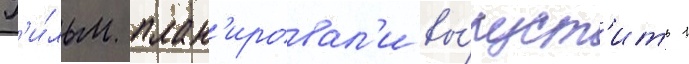
Ф'и́льм план'ировал'и вы́пуст'ить 1